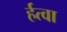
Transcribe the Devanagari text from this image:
र्हत्वा